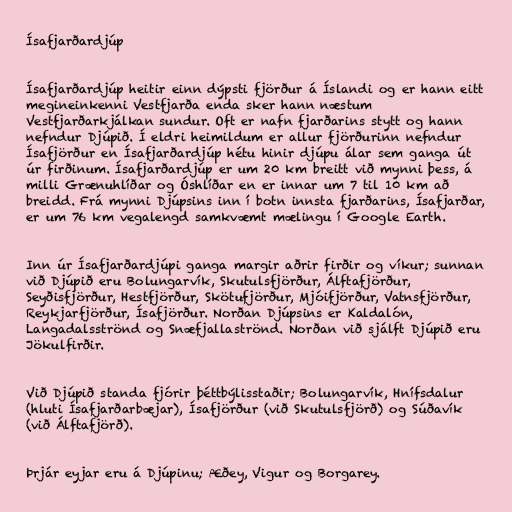
Ísafjarðardjúp

Ísafjarðardjúp heitir einn dýpsti fjörður á Íslandi og er hann eitt
megineinkenni Vestfjarða enda sker hann næstum
Vestfjarðarkjálkan sundur. Oft er nafn fjarðarins stytt og hann
nefndur Djúpið. Í eldri heimildum er allur fjörðurinn nefndur
Ísafjörður en Ísafjarðardjúp hétu hinir djúpu álar sem ganga út
úr firðinum. Ísafjarðardjúp er um 20 km breitt við mynni þess, á
milli Grænuhlíðar og Óshlíðar en er innar um 7 til 10 km að
breidd. Frá mynni Djúpsins inn í botn innsta fjarðarins, Ísafjarðar,
er um 76 km vegalengd samkvæmt mælingu í Google Earth.

Inn úr Ísafjarðardjúpi ganga margir aðrir firðir og víkur; sunnan
við Djúpið eru Bolungarvík, Skutulsfjörður, Álftafjörður,
Seyðisfjörður, Hestfjörður, Skötufjörður, Mjóifjörður, Vatnsfjörður,
Reykjarfjörður, Ísafjörður. Norðan Djúpsins er Kaldalón,
Langadalsströnd og Snæfjallaströnd. Norðan við sjálft Djúpið eru
Jökulfirðir.

Við Djúpið standa fjórir þéttbýlisstaðir; Bolungarvík, Hnífsdalur
(hluti Ísafjarðarbæjar), Ísafjörður (við Skutulsfjörð) og Súðavík
(við Álftafjörð).

Þrjár eyjar eru á Djúpinu; Æðey, Vigur og Borgarey.